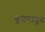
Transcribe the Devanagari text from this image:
पूजनातून